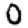
Digit: 0